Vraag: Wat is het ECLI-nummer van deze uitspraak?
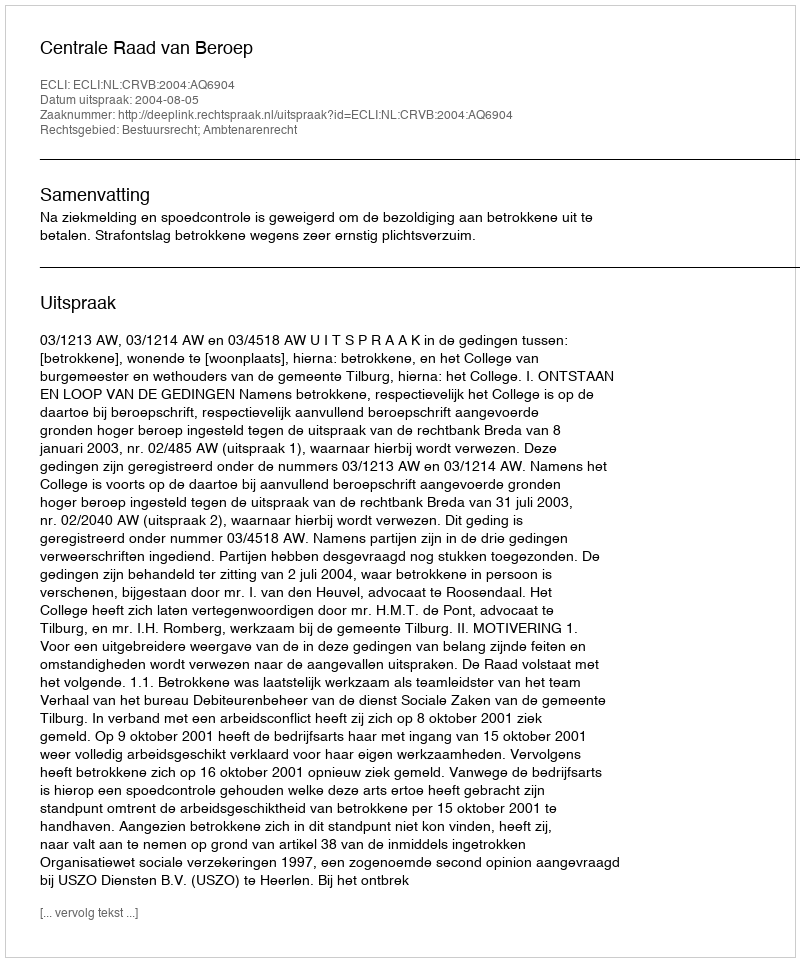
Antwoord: ECLI:NL:CRVB:2004:AQ6904